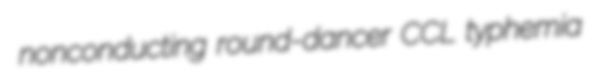
nonconducting round-dancer CCL typhemia